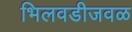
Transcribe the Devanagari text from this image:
भिलवडीजवळ